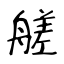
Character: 艖